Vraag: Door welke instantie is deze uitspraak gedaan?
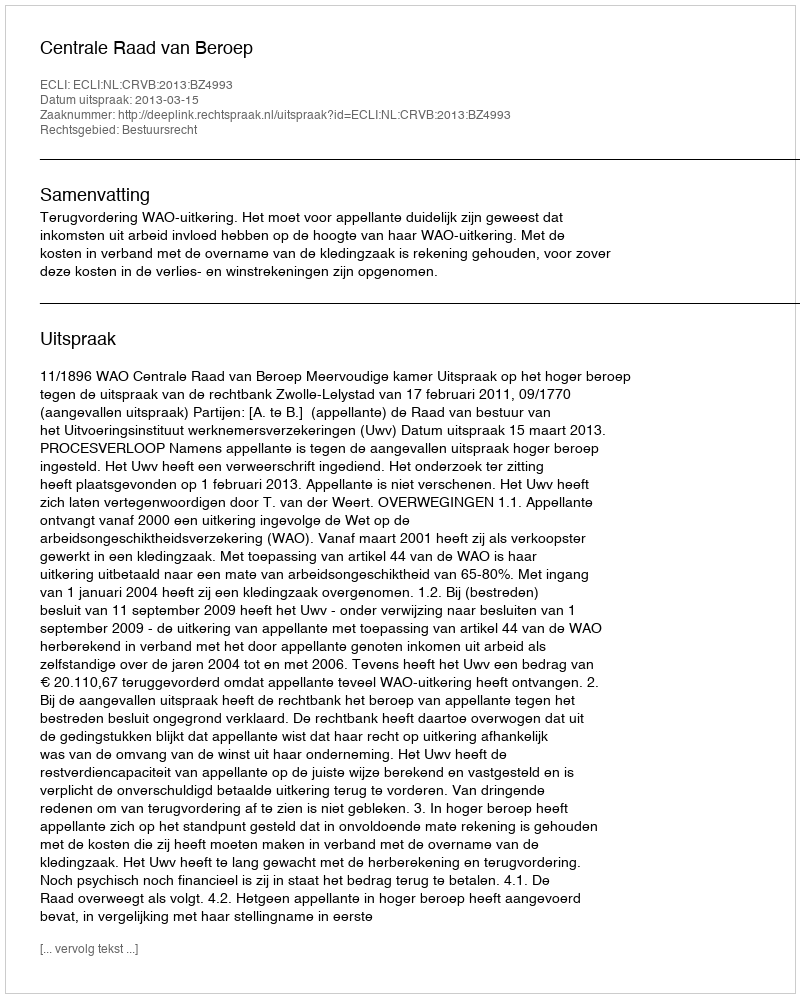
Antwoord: Centrale Raad van Beroep